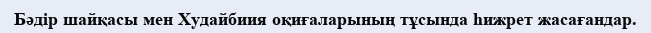
Бәдір шайқасы мен Худайбиия оқиғаларының тұсында һижрет жасағандар.